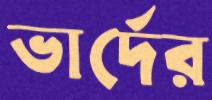
ভার্দের